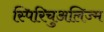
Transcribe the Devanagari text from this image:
स्पिरिचुअलिज्म